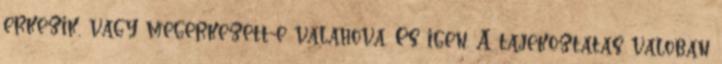
erkezik, vagy megerkezett-e valahova. Es igen. A tajekoztatas valoban